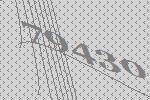
79430